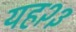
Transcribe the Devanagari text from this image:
यह२३